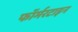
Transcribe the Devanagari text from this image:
फॉर्मरटाइन